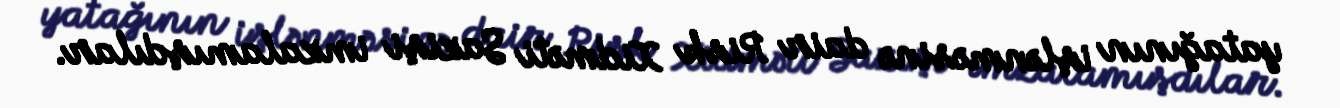
yatağının işlənməsinə dair Risk Xidməti Sazişi imzalamışdılar.